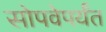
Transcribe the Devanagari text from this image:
सोपवेपर्यंत